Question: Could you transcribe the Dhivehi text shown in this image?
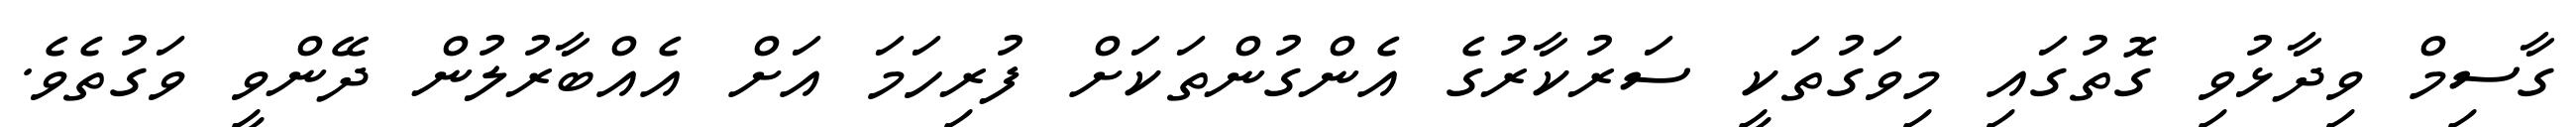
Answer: ގާސިމް ވިދާޅުވި ގޮތުގައި މިވަގުތަކީ ސަރުކާރުގެ އެންގުންތަކަށް ފުރިހަމަ އަށް އެއްބާރުލުން ދޭންވީ ވަގުތެވެ.